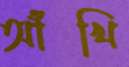
আঁখি